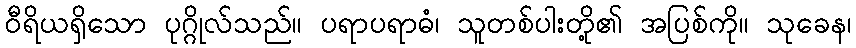
ဝီရိယရှိသော ပုဂ္ဂိုလ်သည်။ ပရာပရာဓံ၊ သူတစ်ပါးတို့၏ အပြစ်ကို။ သုခေန၊